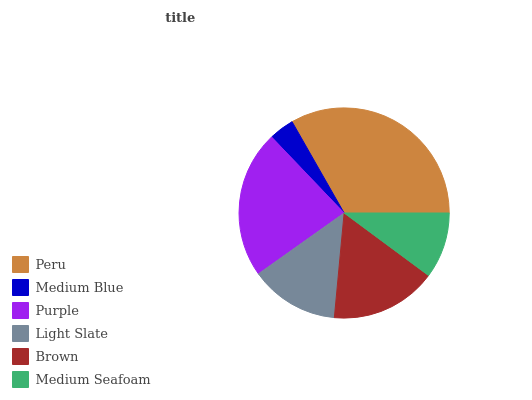
| Peru | Medium Blue | Purple | Light Slate | Brown | Medium Seafoam |
 | --- | --- | --- | --- | --- | --- |
 | 33.2% | 3.88% | 22.7% | 13.7% | 16.4% | 10.1% |